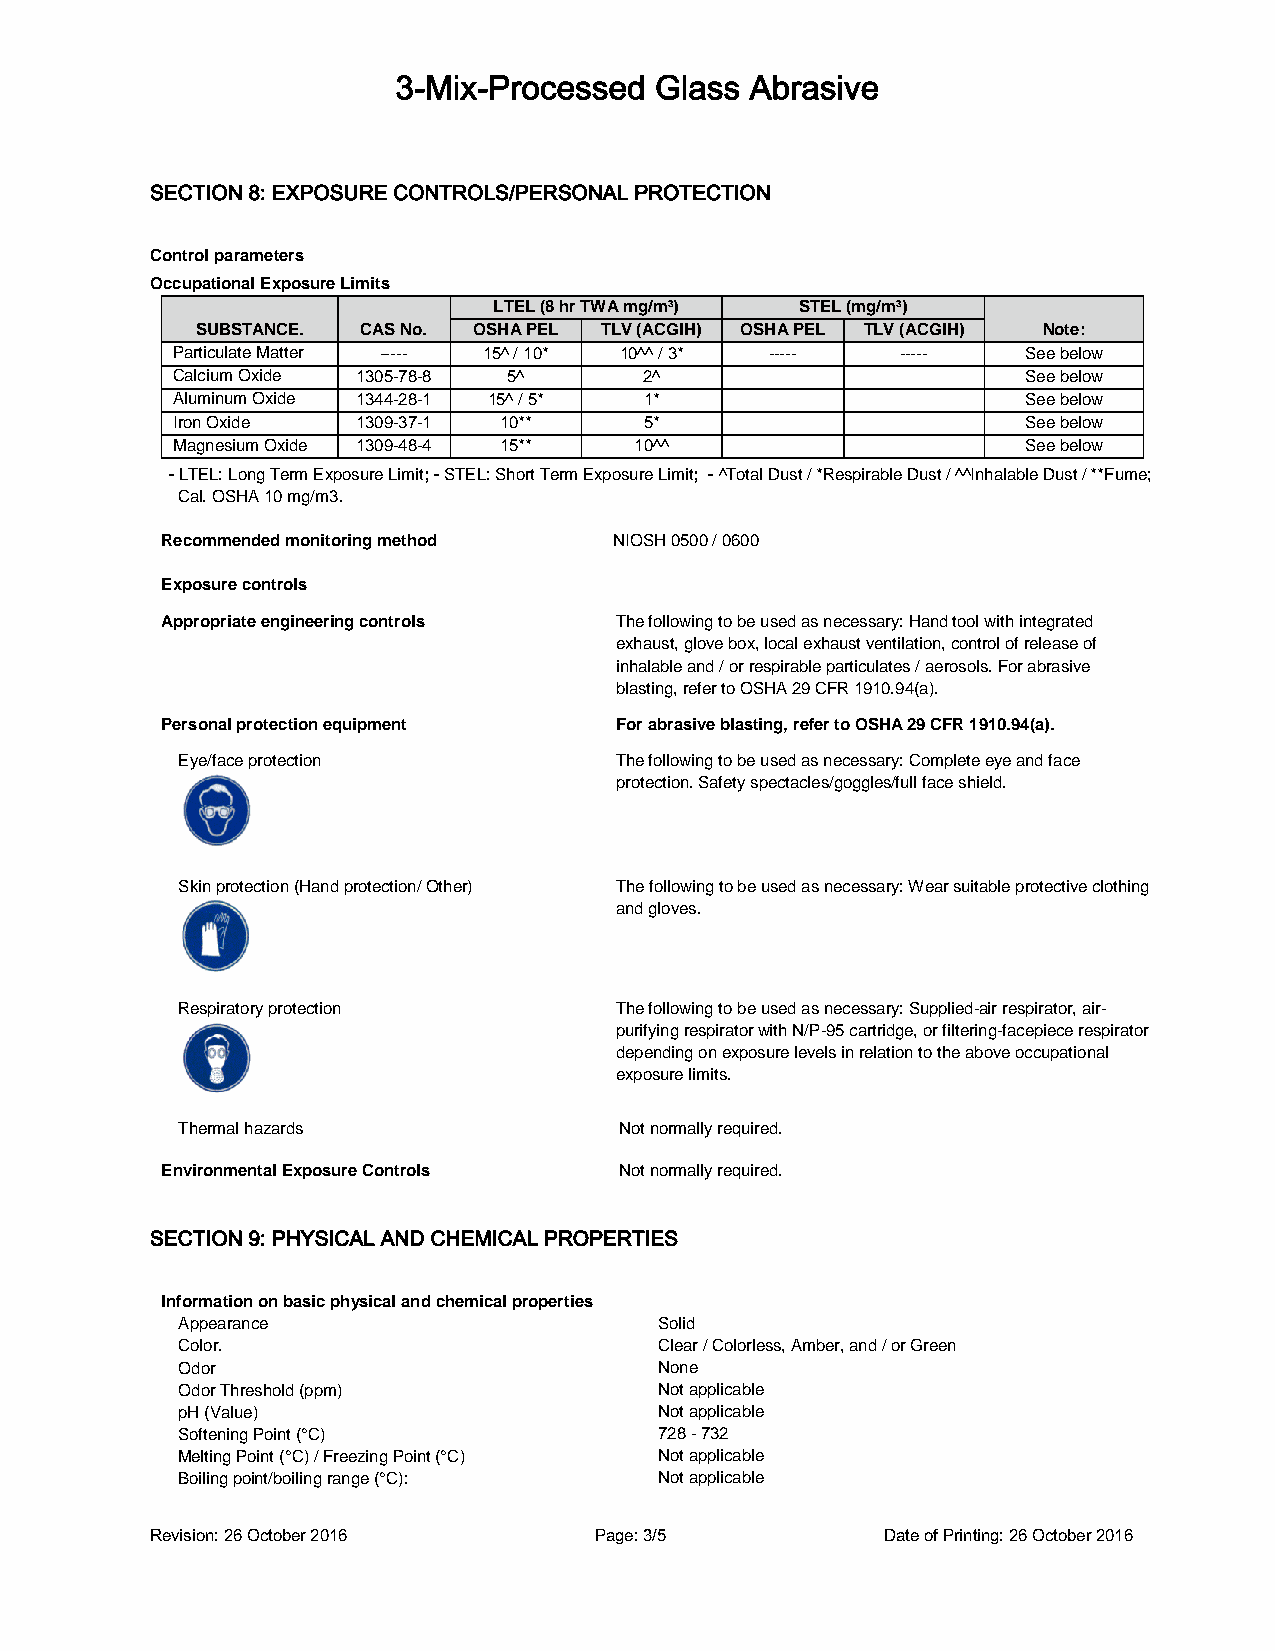
3-Mix-Processed  Glass  Abrasive
 SECTION 8: EXPOSURE CONTROLS/PERSONAL PROTECTION
 Control parameters
 Occupational Exposure Limits
 LTEL (8 hr TWA mg/m³) STEL (mg/m³)
 SUBSTANCE. CAS No. OSHA PEL TLV (ACGIH) OSHA PEL TLV (ACGIH) Note:
 Particulate Matter ----- 15^ / 10* 10^^ / 3* ----- ----- See below
 Calcium Oxide 1305-78-8 5^      2^                       See below
 Aluminum Oxide 1344-28-1 15^ / 5* 1*                     See below
 Iron Oxide   1309-37-1 10**     5*                       See below
 Magnesium Oxide 1309-48-4 15** 10^^                      See below
 - LTEL: Long Term Exposure Limit; - STEL: Short Term Exposure Limit; - ^Total Dust / *Respirable Dust / ^^Inhalable Dust / **Fume;
 Cal. OSHA 10 mg/m3.
 Recommended monitoring method NIOSH 0500 / 0600
 Exposure controls
 Appropriate engineering controls The following to be used as necessary: Hand tool with integrated
 exhaust, glove box, local exhaust ventilation, control of release of
 inhalable and / or respirable particulates / aerosols. For abrasive
 blasting, refer to OSHA 29 CFR 1910.94(a).
 Personal protection equipment For abrasive blasting, refer to OSHA 29 CFR 1910.94(a).
 Eye/face protection          The following to be used as necessary: Complete eye and face
 protection. Safety spectacles/goggles/full face shield.
 Skin protection (Hand protection/ Other) The following to be used as necessary: Wear suitable protective clothing
 and gloves.
 Respiratory protection       The following to be used as necessary: Supplied-air respirator, air-
 purifying respirator with N/P-95 cartridge, or filtering-facepiece respirator
 depending on exposure levels in relation to the above occupational
 exposure limits.
 Thermal hazards              Not normally required.
 Environmental Exposure Controls Not normally required.
 SECTION 9: PHYSICAL AND CHEMICAL PROPERTIES
 Information on basic physical and chemical properties
 Appearance                      Solid
 Color.                          Clear / Colorless, Amber, and / or Green
 Odor                            None
 Odor Threshold (ppm)            Not applicable
 pH (Value)                      Not applicable
 Softening Point (°C)            728 - 732
 Melting Point (°C) / Freezing Point (°C) Not applicable
 Boiling point/boiling range (°C): Not applicable
 Revision: 26 October 2016    Page: 3/5           Date of Printing: 26 October 2016